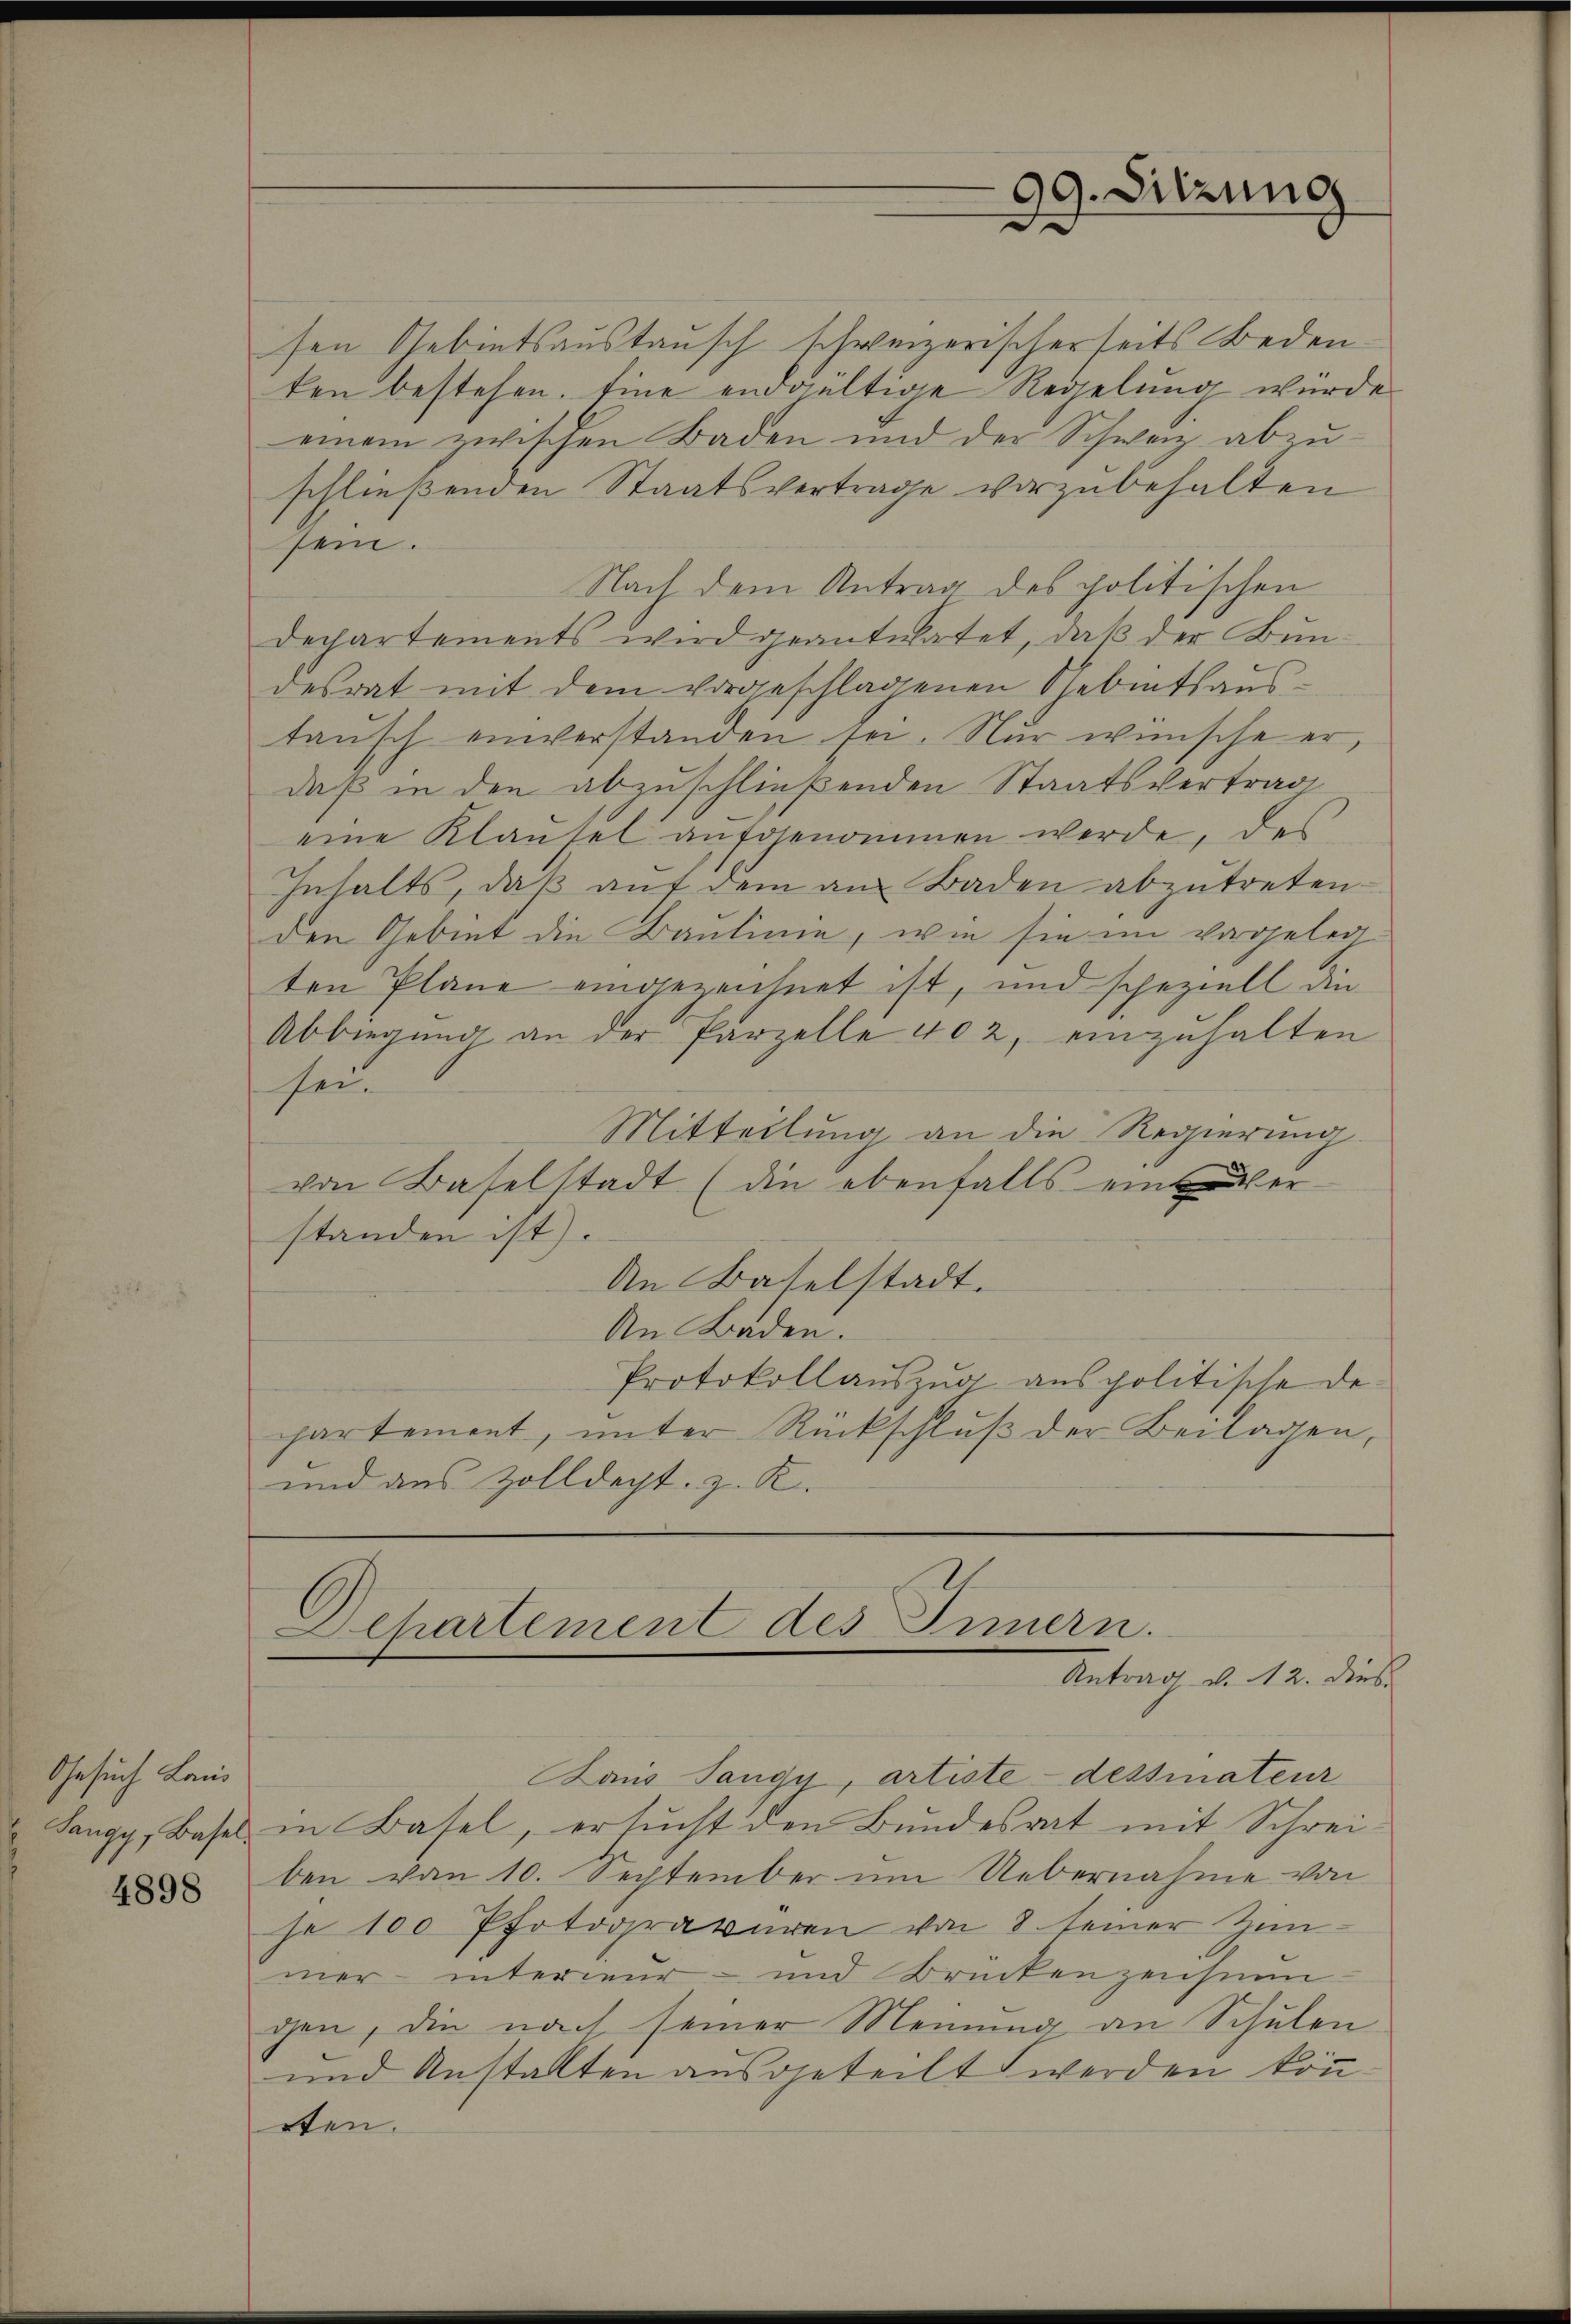
Gesuch Land
Sangy, Basel.

4898

99. Sitzung

sen Gebietsaustausch schweizerischerseits Bedeuten bestehen. Eine endgültige Regelung würde
einem zwischen Baden und der Schweiz abzŭ-
schließenden Staatsvertrage vorzubehalten
sein.
Nach dem Antrag des politischen
Dechartements wird geantwortet, daß der Bundesrat mit dem vorgeschlagenen Gebietsaustaŭsch einverstanden sei. Nur wünsche er,
daß in den abzuschließenden Staatsvertrag
eine Klausel aufgenommen werde, des
Inhalts, daß auf dem am Baden abzutreten.
den Gebiet die Baulinie, wie sie im vorgeleg
ten Pläne eingezeichnet ist, und speziell die
Abbiegung an der Parzelle 402, einzuhalten
sei¬
Mitteilung an die Regierung
von Baselstadt (die ebenfalls einer
standen ist).
An Baselstadt.
An Baden.
Protokollauszug aus politische de
ppartement, unter Rückschluß der Beilagen,
und aus Zolldept. z. R.

Departement des Innern.
Antrag v. 12. dies

Baus Sangy, artiste dessinateur
in Basel, ersŭcht den Bŭndesrat mit Schrei-
ben von 10. Sechtember um Uebernahme von
se 100 Pfotogravuren von 8 seiner Zinmer- interieur- und Brückenzeichnun-
gen, die nach seiner Meinung an Schulen
und Anstalten ausgeteilt werden kön
rten.